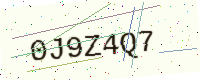
Text: 0J9Z4Q7